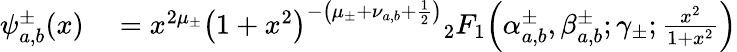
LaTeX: \begin{array}{rl}{\psi_{a,b}^{\pm}(x)}&{{}=x^{2\mu_{\pm}}{\left(1+x^{2}\right)}^{-\left(\mu_{\pm}+\nu_{a,b}+\frac{1}{2}\right)}{}_{2}F_{1}\! \left(\alpha_{a,b}^{\pm},\beta_{a,b}^{\pm};\gamma_{\pm};\frac{x^{2}}{1+x^{2}}\right)}\end{array}